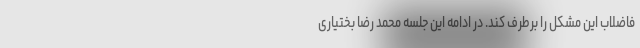
فاضلاب این مشکل را برطرف کند. در ادامه این جلسه محمد رضا بختیاری